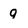
Character: q